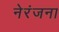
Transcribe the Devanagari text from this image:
नेरंजना